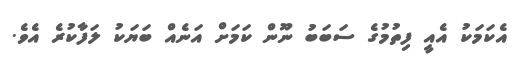
އެކަމަކު އެއީ ފިތުމުގެ ސަބަބު ނޫން ކަމަށް އަނެއް ބަޔަކު ލަފާކުރެ އެވެ.